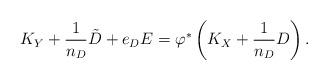
LaTeX: \begin{align*}K_Y + \frac{1}{n_D} \tilde{D} + e_D E = \varphi^* \left( K_X + \frac{1}{n_D} D \right).\end{align*}